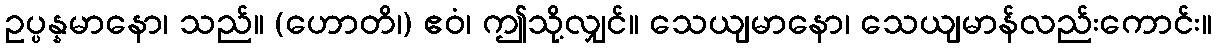
ဥပ္ပန္နမာနော၊ သည်။ (ဟောတိ၊) ဧဝံ၊ ဤသို့လျှင်။ သေယျမာနော၊ သေယျမာန်လည်းကောင်း။